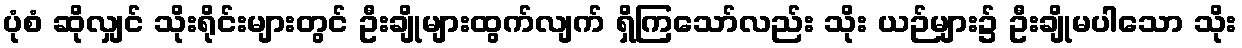
ပုံစံ ဆိုလျှင် သိုးရိုင်းများတွင် ဦးချိုများထွက်လျက် ရှိကြသော်လည်း သိုး ယဉ်များ၌ ဦးချိုမပါသော သိုး